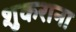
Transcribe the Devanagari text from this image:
शुकराना